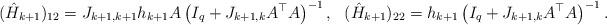
LaTeX: \begin{align*}(\hat{H}_{k+1})_{12}&=J_{k+1,k+1}h_{k+1}A \left(I_q+J_{k+1,k}A^{\top}A\right)^{-1} ,& (\hat{H}_{k+1})_{22}&=h_{k+1}\left(I_q+J_{k+1,k}A^{\top}A\right)^{-1}.\end{align*}